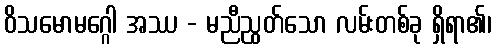
ဝိသမောမဂ္ဂေါ အဿ - မညီညွတ်သော လမ်းတစ်ခု ရှိရာ၏၊